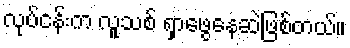
လုပ်ငန်းက လူသစ် ရှာဖွေနေဆဲဖြစ်တယ်။